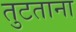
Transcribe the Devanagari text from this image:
तुटताना